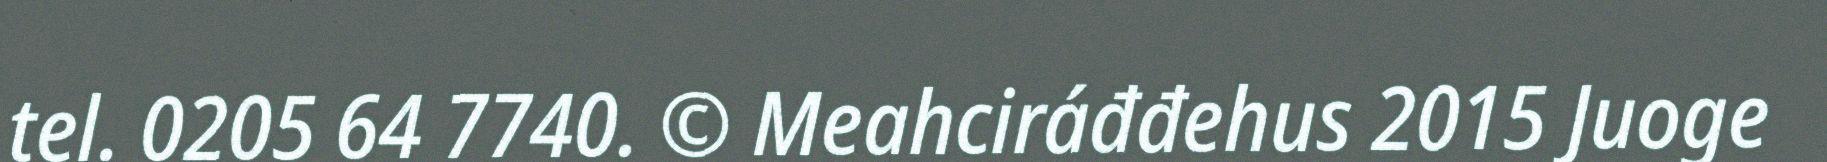
tel. 0205 64 7740. © Meahciráđđehus 2015 Juoge